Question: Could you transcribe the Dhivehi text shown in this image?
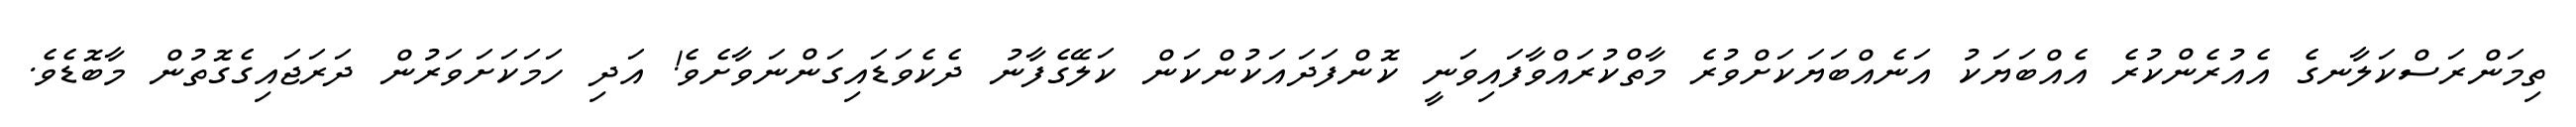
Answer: ތިމަންރަސްކަލާނގެ އެއުރެންކުރެ އެއްބަޔަކު އަނެއްބަޔަކަށްވުރެ މާތްކުރައްވާފައިވަނީ ކޮންފަދައަކުންކަން ކަލޭގެފާނު ދެކެވަޑައިގަންނަވާށެވެ! އަދި ހަމަކަށަވަރުން ދަރަޖައިގެގޮތުން މާބޮޑެވެ.